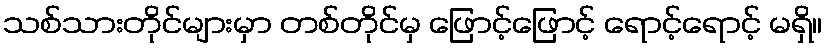
သစ်သားတိုင်များမှာ တစ်တိုင်မှ ဖြောင့်ဖြောင့် ရောင့်ရောင့် မရှိ။